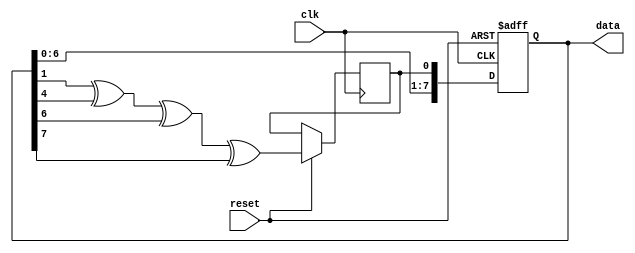
module lfsr(
  input wire clk,
  input wire reset,
  output wire [7:0] data
);

  reg [7:0] state;
  reg feedback;

  always @(posedge clk or negedge reset) begin
    if (!reset) begin
      state <= 8'b10001010; // Initial state
    end else begin
      feedback <= state[1] ^ state[4] ^ state[6] ^ state[7]; // Feedback calculation
      state <= {state[6:0], feedback}; // Shift register
    end
  end

  assign data = state;

endmodule